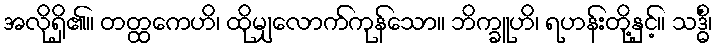
အလိုရှိ၏။ တတ္ထကေဟိ၊ ထိုမျှလောက်ကုန်သော။ ဘိက္ခူဟိ၊ ရဟန်းတို့နှင့်။ သဒ္ဓိံ၊